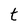
Character: t